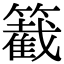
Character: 𥵞